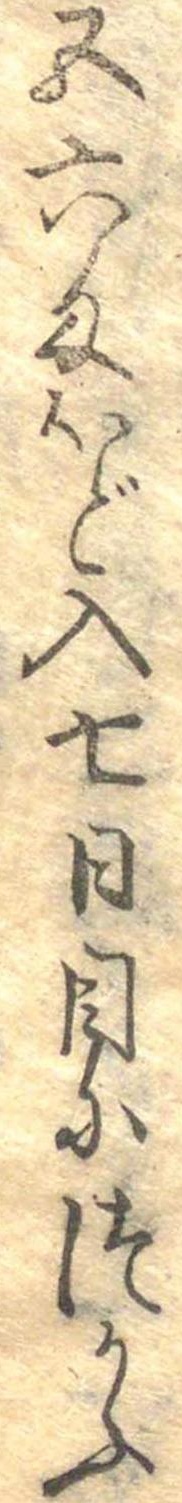
五六匁ほど入七日目につかふ